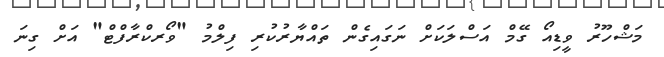
މަޝްހޫރު ވީޑިއޯ ގޭމް އަސްލަކަށް ނަގައިގެން ތައްޔާރުކުރި ފިލްމު "ވޯރކްރާފްޓް" އަށް ގިނަ